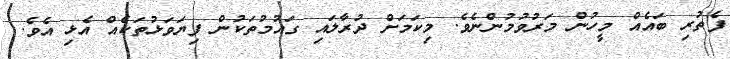
ފެތުރި ބައެއް މީހުން މަރުވުމުންނެވެ. މިކަމަށް ދުރާލައި ގައުމުތަކުން ފިޔަވަޅުތަކެއް އެޅި އެވެ.